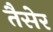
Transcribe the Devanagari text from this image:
तैसेर